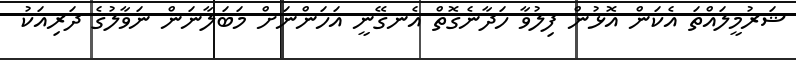
ޝަރުމީލައްތަ އެކަން އޮޅުން ފިލުވާ ހަދާނެގޮތް އެނގޭނީ އަހަންނަށް މަބަލާނަން ނަވާލުގެ ދަރިއަކު